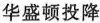
华盛顿投降